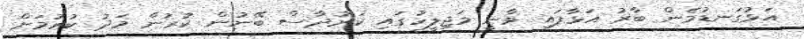
އަޅުގަނޑުމެން ބާރު އަޅާފައި ވާނީ މަޖިލީހުގައި ކަރުދާސް ބޭނުން ކުރުން މަދު ކުރުމަށް